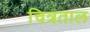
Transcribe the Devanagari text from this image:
चित्रताल